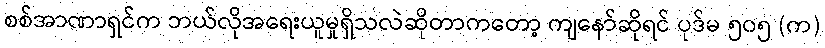
စစ်အာဏာရှင်က ဘယ်လိုအရေးယူမှုရှိသလဲဆိုတာကတော့ ကျနော်ဆိုရင် ပုဒ်မ ၅၀၅ (က)